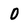
Character: 0